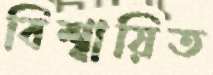
বিশ্বায়িত